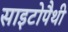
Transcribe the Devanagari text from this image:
साइटोपैथी